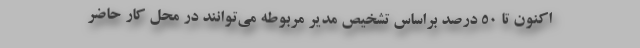
اکنون تا ۵۰ درصد براساس تشخیص مدیر مربوطه می‌توانند در محل کار حاضر